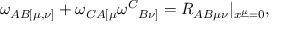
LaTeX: \omega _ { A B [ \mu , \nu ] } + \omega _ { C A [ \mu } \omega ^ { C } { } _ { B \nu ] } = { \cal R } _ { A B \mu \nu } | _ { x ^ { \underline { { \mu } } } = 0 } ,